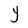
Character: Y